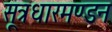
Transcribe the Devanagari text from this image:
सूत्रधारमण्डन